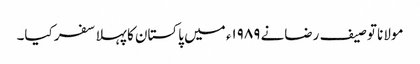
مولانا توصیف رضانے ۱۹۸۹ء میں پاکستان کا پہلا سفر کیا۔